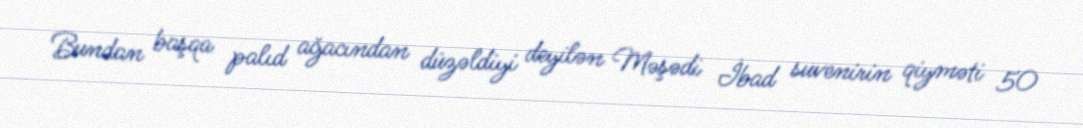
Bundan başqa palıd ağacından düzəldiyi deyilən Məşədi İbad suvenirin qiyməti 50